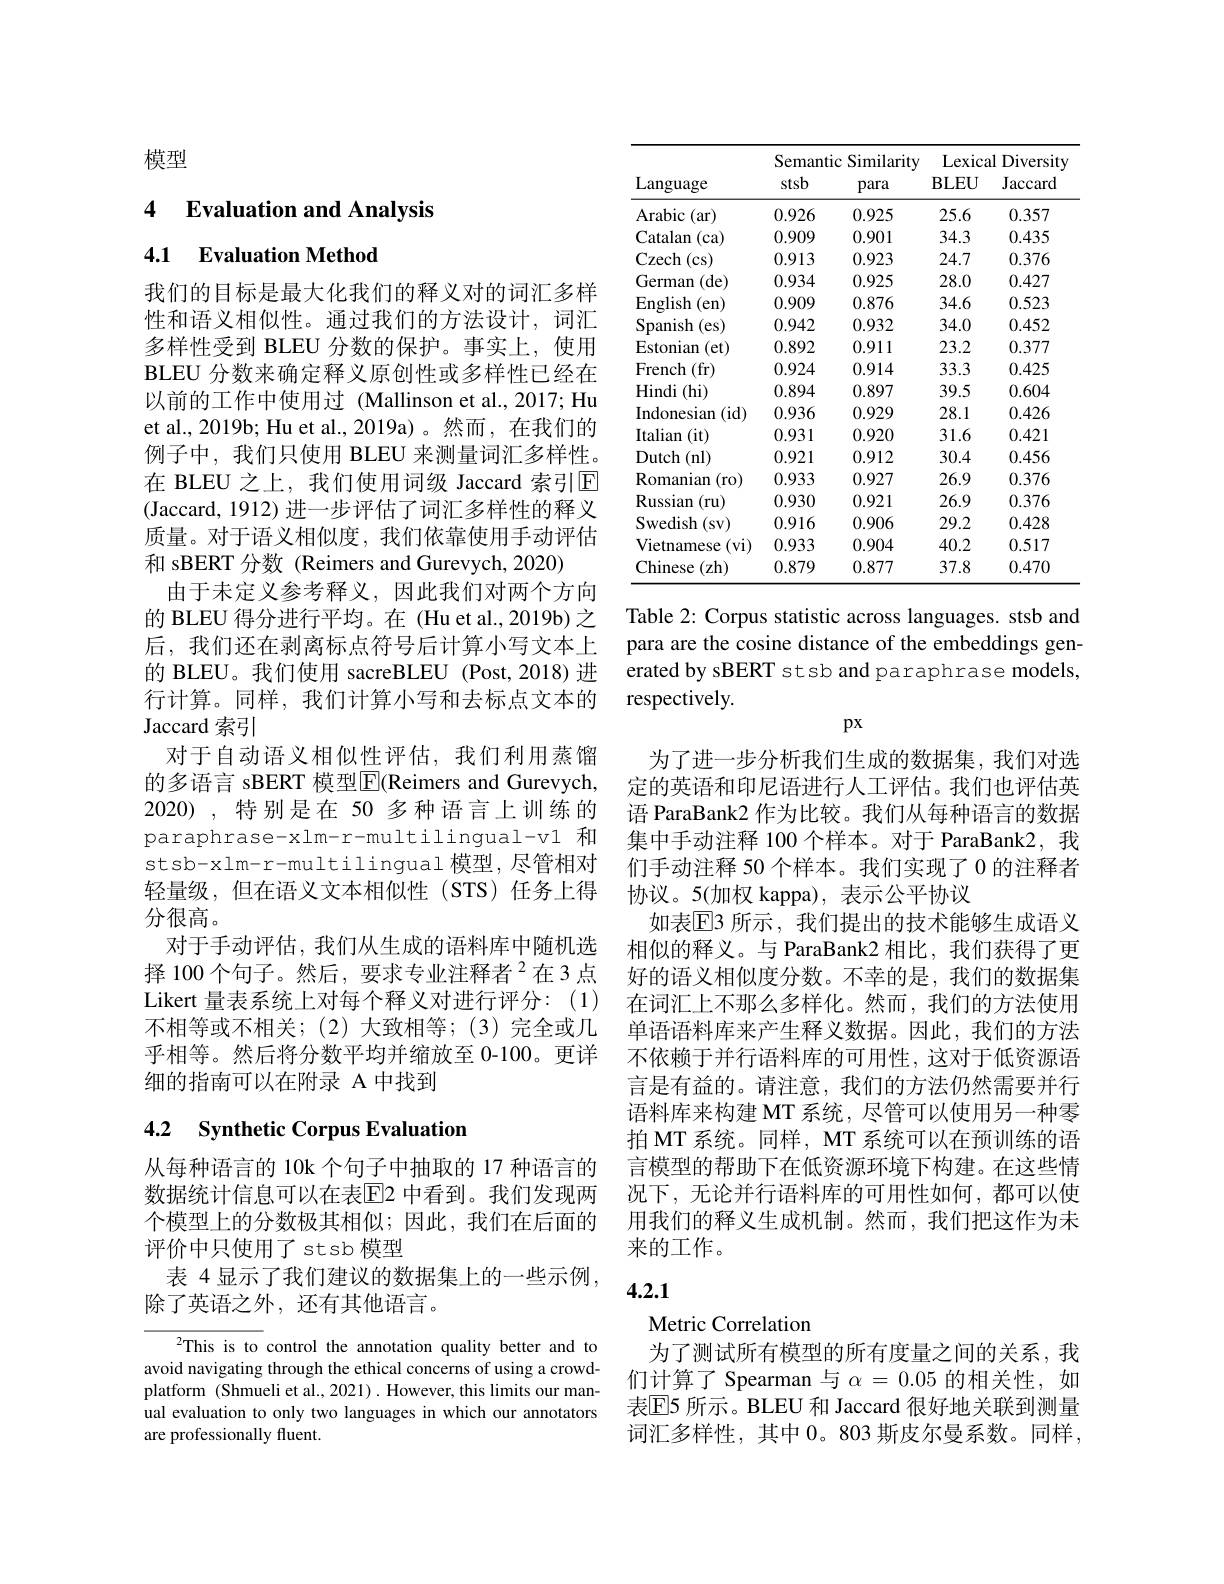
模型

4 $\textbf{Evaluation and Analysis}$

4.1 Evaluation Method

我们的目标是最大化我们的释义对的词汇多样性和语义相似性。通过我们的方法设计，词汇多样性受到 BLEU 分数的保护。事实上，使用BLEU 分数来确定释义原创性或多样性已经在以前的工作中使用过 (Mallinson et al., 2017; Hu et al., 2019b; Hu et al., 2019a)。然而，在我们的例子中，我们只使用 BLEU 来测量词汇多样性。在 BLEU 之上，我们使用词级 Jaccard 索引回(Jaccard, 1912) 进一步评估了词汇多样性的释义质量。对于语义相似度，我们依靠使用手动评估和 sBERT 分数 (Reimers and Gurevych, 2020)
由于未定义参考释义，因此我们对两个方向的 BLEU 得分进行平均。在 (Hu et al., 2019b) 之后，我们还在剥离标点符号后计算小写文本上的 BLEU。我们使用 sacreBLEU (Post,2018)进行计算。同样，我们计算小写和去标点文本的Jaccard 索引
对于自动语义相似性评估，我们利用蒸馏的多语言 sBERT 模型$\overline{\mathrm{E}}$(Reimers and Gurevych, 2020),特别是在 50 多种语言上训练的paraphrase-xlm-r-multilingual-v1 和stsb-xlm-r-multilingual 模型，尽管相对轻量级，但在语义文本相似性(STS)任务上得分很高。
对于手动评估，我们从生成的语料库中随机选择 100 个句子。然后，要求专业注释者$^{2}$在3点Likert 量表系统上对每个释义对进行评分：(1) 不相等或不相关；(2)大致相等；(3)完全或几乎相等。然后将分数平均并缩放至 0-100。更详细的指南可以在附录 A 中找到

# 4.2 Synthetic Corpus Evaluation

从每种语言的 10k 个句子中抽取的 17 种语言的数据统计信息可以在表$\overline{\mathrm{E}}$2 中看到。我们发现两个模型上的分数极其相似；因此，我们在后面的评价中只使用了 stsb 模型
表 4 显示了我们建议的数据集上的一些示例
除了英语之外，还有其他语言。

$^{2}$This is to control the annotation quality better and to avoid navigating through the ethical concerns of using a crowdplatform (Shmueli et al., 2021) . However, this limits our manual evaluation to only two languages in which our annotators are professionally fluent.

<table>
	<tbody>
		<tr>
			<th rowspan="2">Language</th>
			<th colspan="2">Semantic Similarity</th>
			<th colspan="2">Lexical Diversity </th>
		</tr>
		<tr>
			<th>stsb</th>
			<th>para</th>
			<th>$\mathbf{BLEU}$</th>
			<th>Jaccard</th>
		</tr>
		<tr>
			<td>Arabic (ar)</td>
			<td>0.926</td>
			<td>0.925</td>
			<td>25.6</td>
			<td>0.357</td>
		</tr>
		<tr>
			<td>Catalan (ca)</td>
			<td>0.909</td>
			<td>0.901</td>
			<td>34.3</td>
			<td>0.435</td>
		</tr>
		<tr>
			<td>$\mathbf{C}_{\mathrm{Zech}}$ (cs)</td>
			<td>0.913</td>
			<td>0.923</td>
			<td>24.7</td>
			<td>0.376</td>
		</tr>
		<tr>
			<td>German (de)</td>
			<td>0.934</td>
			<td>0.925</td>
			<td>28.0</td>
			<td>0.427</td>
		</tr>
		<tr>
			<td>English (en)</td>
			<td>0.909</td>
			<td>0.876</td>
			<td>34.6</td>
			<td>0.523</td>
		</tr>
		<tr>
			<td>Spanish (es)</td>
			<td>0.942</td>
			<td>0.932</td>
			<td>34.0</td>
			<td>0.452</td>
		</tr>
		<tr>
			<td>Estonian (et)</td>
			<td>0.892</td>
			<td>0.911</td>
			<td>23.2</td>
			<td>0.377</td>
		</tr>
		<tr>
			<td>French (fr)</td>
			<td>0.924</td>
			<td>0.914</td>
			<td>33.3</td>
			<td>0.425</td>
		</tr>
		<tr>
			<td>Hindi (hi)</td>
			<td>0.894</td>
			<td>0.897</td>
			<td>39.5</td>
			<td>0.604</td>
		</tr>
		<tr>
			<td>Indonesian (id)</td>
			<td>0.936</td>
			<td>0.929</td>
			<td>28.1</td>
			<td>0.426</td>
		</tr>
		<tr>
			<td>Italian (it)</td>
			<td>0.931</td>
			<td>0.920</td>
			<td>31.6</td>
			<td>0.421</td>
		</tr>
		<tr>
			<td>Dutch (nl)</td>
			<td>0.921</td>
			<td>0.912</td>
			<td>30.4</td>
			<td>0.456</td>
		</tr>
		<tr>
			<td>Romanian (ro)</td>
			<td>0.933</td>
			<td>0.927</td>
			<td>26.9</td>
			<td>0.376</td>
		</tr>
		<tr>
			<td>Russian (ru)</td>
			<td>0.930</td>
			<td>0.921</td>
			<td>26.9</td>
			<td>0.376</td>
		</tr>
		<tr>
			<td>Swedish (sv)</td>
			<td>0.916</td>
			<td>0.906</td>
			<td>29.2</td>
			<td>0.428</td>
		</tr>
		<tr>
			<td>Vietnamese $(\mathbf{vi})$</td>
			<td>0.933</td>
			<td>0.904</td>
			<td>40.2</td>
			<td>0.517</td>
		</tr>
		<tr>
			<td>Chinese (zh)</td>
			<td>0.879</td>
			<td>0.877</td>
			<td>37.8</td>
			<td>0.470</td>
		</tr>
	</tbody>
</table>

Table 2: Corpus statistic across languages. stsb and para are the cosine distance of the embeddings generated by sBERT stsb and paraphrase models, respectively.

$px$

为了进一步分析我们生成的数据集，我们对选定的英语和印尼语进行人工评估。我们也评估英语 ParaBank2 作为比较。我们从每种语言的数据集中手动注释 100 个样本。对于 ParaBank2,我们手动注释 50 个样本。我们实现了 0 的注释者协议。5(加权 kappa),表示公平协议
如表[E]3 所示，我们提出的技术能够生成语义相似的释义。与 ParaBank2 相比，我们获得了更好的语义相似度分数。不幸的是，我们的数据集在词汇上不那么多样化。然而，我们的方法使用单语语料库来产生释义数据。因此，我们的方法不依赖于并行语料库的可用性，这对于低资源语言是有益的。请注意，我们的方法仍然需要并行语料库来构建 MT 系统，尽管可以使用另一种零拍 MT 系统。同样，MT 系统可以在预训练的语言模型的帮助下在低资源环境下构建。在这些情况下，无论并行语料库的可用性如何，都可以使用我们的释义生成机制。然而，我们把这作为未来的工作。

## 4.2.1

Metric Correlation
为了测试所有模型的所有度量之间的关系，我们计算了Spearman与$\alpha=0.05$的相关性，如表$\mathbb{E}$5 所示。BLEU 和 Jaccard 很好地关联到测量词汇多样性，其中 0。803 斯皮尔曼系数。同样，